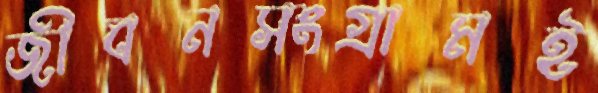
জীবনসংগ্রামই